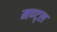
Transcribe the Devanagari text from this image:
मण्ट्ल